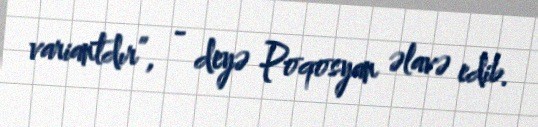
variantdır”, - deyə Poqosyan əlavə edib.